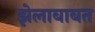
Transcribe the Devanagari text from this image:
झेलाबाबत